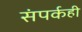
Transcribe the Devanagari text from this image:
संपर्कही